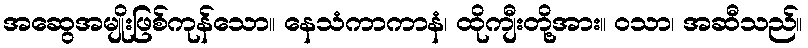
အဆွေအမျိုးဖြစ်ကုန်သော။ နေသံကာကာနံ၊ ထိုကျီးတို့အား။ ဝသာ၊ အဆီသည်။